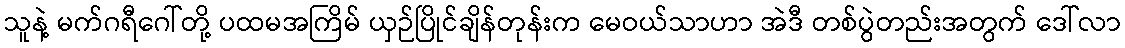
သူနဲ့ မက်ဂရီဂေါ်တို့ ပထမအကြိမ် ယှဉ်ပြိုင်ချိန်တုန်းက မေဝယ်သာဟာ အဲဒီ တစ်ပွဲတည်းအတွက် ဒေါ်လာ